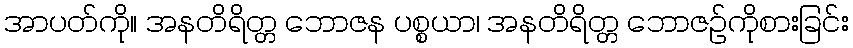
အာပတ်ကို။ အနတိရိတ္တ ဘောဇန ပစ္စယာ၊ အနတိရိတ္တ ဘောဇဉ်ကိုစားခြင်း